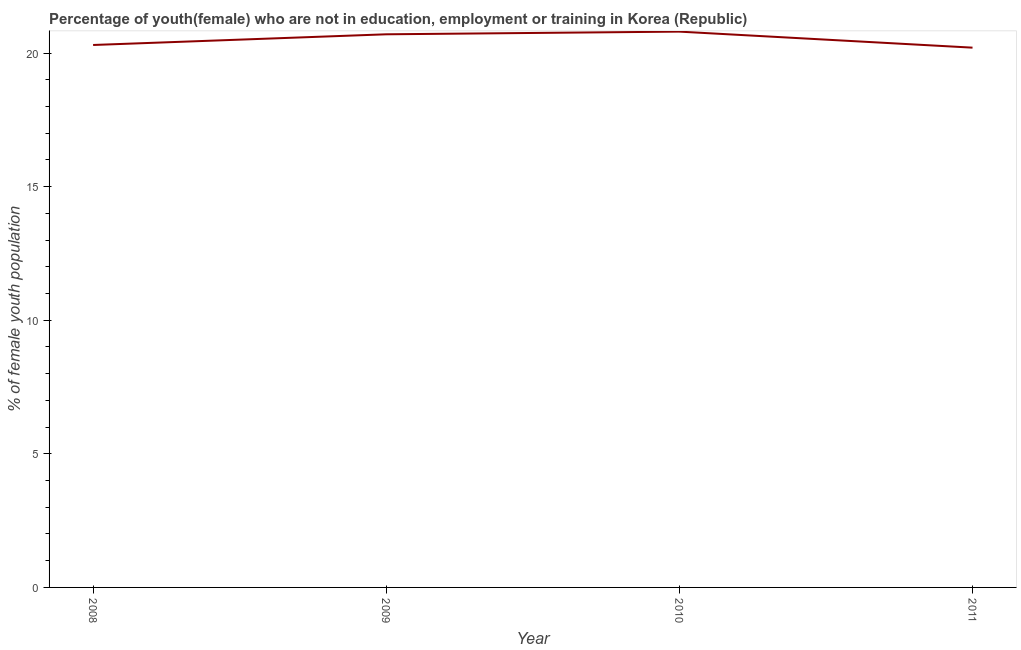
| Year | Unemployed(female) |
 | --- | --- |
 | 2008 | 20.3 |
 | 2009 | 20.7 |
 | 2010 | 20.8 |
 | 2011 | 20.2 |